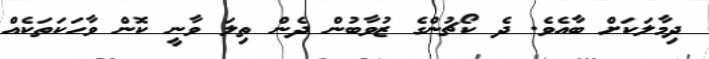
ދިމާލަކަށް ބާއެވެ. ދެ ކޯޗުންގެ ޒުވާބުން ދެން ތިލަ ވާނީ ކޮން ވާހަކަތަކެއް